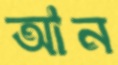
আন